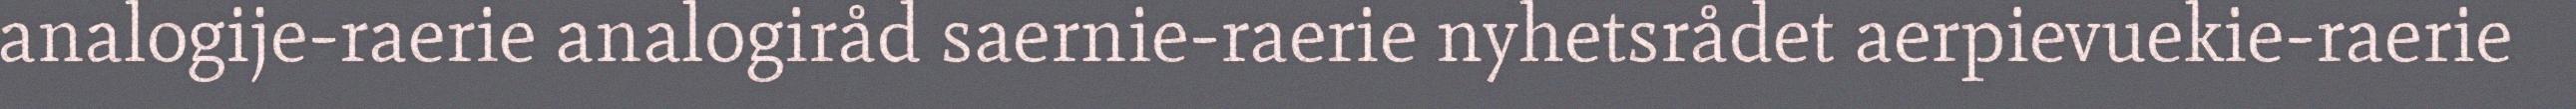
analogije-raerie analogiråd saernie-raerie nyhetsrådet aerpievuekie-raerie